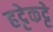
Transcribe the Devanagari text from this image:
हट्टेकट्टे